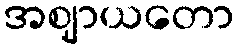
အဈာယတော